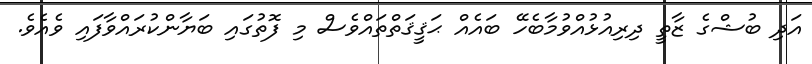
އަދި ބުޝްގެ ޒާތީ ދިރިއުޅުއްވުމާބެހޭ ބައެއް ޙަޤީޤަތްތައްވެސް މި ފޮތުގައި ބަޔާންކުރައްވާފައި ވެއެވެ.